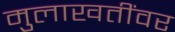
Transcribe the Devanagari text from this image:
मुलाखतींवर